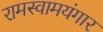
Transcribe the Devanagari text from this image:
रामस्वामयंगार